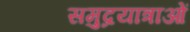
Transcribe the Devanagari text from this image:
समुद्रयात्राओं